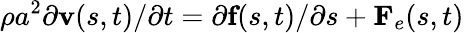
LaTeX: \rho a^{2}\partial\textbf{v}(s,t)/\partial t=\partial\textbf{f}(s,t)/\partial s+\textbf{F}_{e}(s,t)